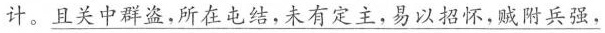
计。\underline{且关中群盗，所在屯结，未有定主，易以招怀，贼附兵强}